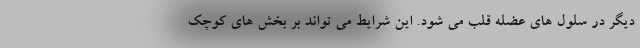
دیگر در سلول های عضله قلب می شود. این شرایط می تواند بر بخش های کوچک